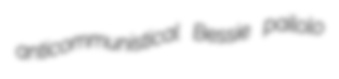
anticommunistical Bessie pailolo